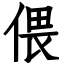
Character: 偎